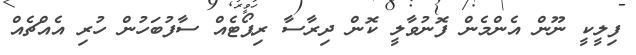
ފިލީކީ ނޫން އެންމެން ފޮނުވާލީ ކޮން ދިރާސާ ރިޕޯޓެއް ސާފުބަހުން ހުރި އެއްޗެއް